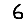
Digit: 6